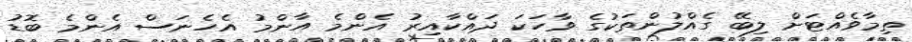
ތިމާވެއްޓަށް ލިބޭ ގެއްލުންތަކުގެ ވާހަކަ ދައްކާއިރު އެންމެ އާންމު އެހެނަސް އެންމެ ބޮޑު